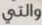
والتي